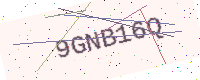
Text: 9GNB16Q